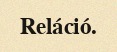
Reláció.